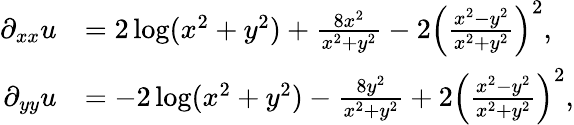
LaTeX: \begin{array}{rl}{\partial_{xx}u}&{=2\log(x^{2}+y^{2})+\frac{8x^{2}}{x^{2}+y^{2}}-2\left(\frac{x^{2}-y^{2}}{x^{2}+y^{2}}\right)^{2},}\\ {\partial_{yy}u}&{=-2\log(x^{2}+y^{2})-\frac{8y^{2}}{x^{2}+y^{2}}+2\left(\frac{x^{2}-y^{2}}{x^{2}+y^{2}}\right)^{2},}\end{array}